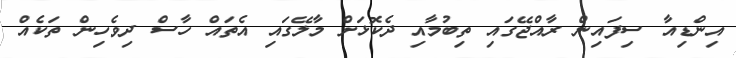
އިންޑިއާ ސިފައިން ރާއްޖޭގައި ތިބުމާއި ދެކޮޅަށް މާލޭގައި އެތައް ހާސް ދިވެހިން ތަކެއް